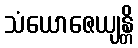
သံယောဇေယျန္တိ